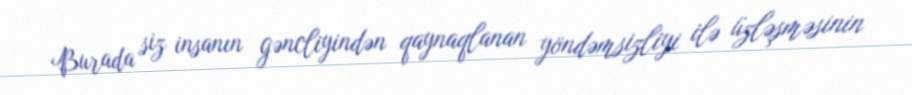
Burada siz insanın gəncliyindən qaynaqlanan yöndəmsizliyi ilə üzləşməsinin